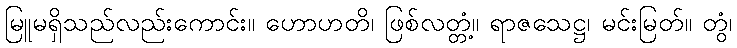
မြူမရှိသည်လည်းကောင်း။ ဟောဟတိ၊ ဖြစ်လတ္တံ့။ ရာဇသေဋ္ဌ၊ မင်းမြတ်။ တွံ၊